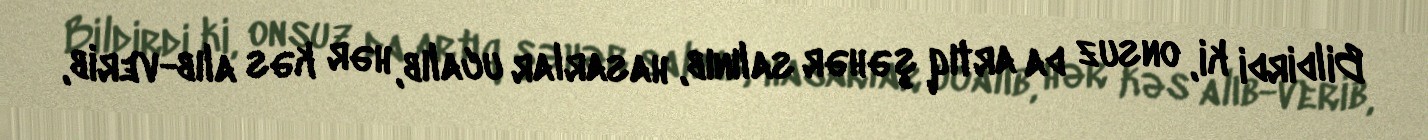
Bildirdi ki, onsuz da artıq şəhər salınıb, hasarlar ucalıb, hər kəs alıb-verib,